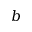
b